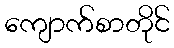
ကျောက်စာတိုင်